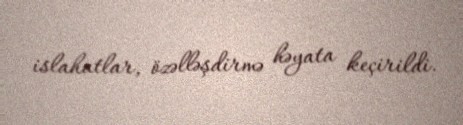
islahatlar, özəlləşdirmə həyata keçirildi.